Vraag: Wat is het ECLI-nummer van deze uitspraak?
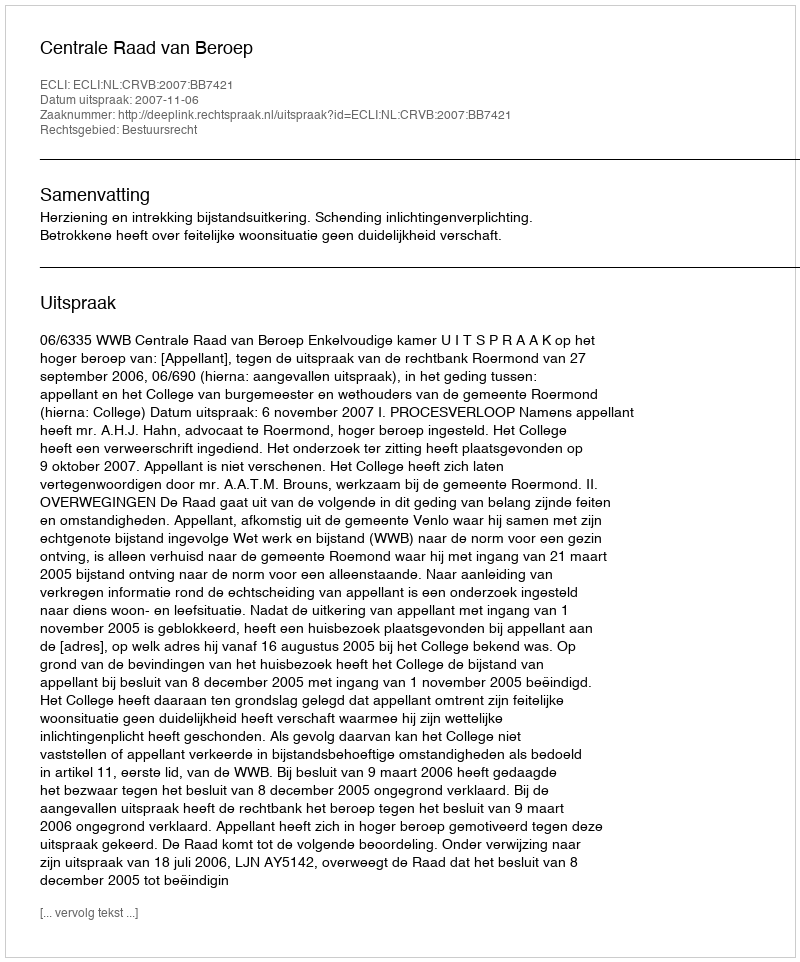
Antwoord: ECLI:NL:CRVB:2007:BB7421